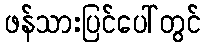
ဖန်သားပြင်ပေါ်တွင်